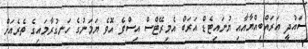
ސައުދީ އަރައްބިއްޔާއާއި ޔުނައިޓެޑް އަރަބް އެމިރޭޓްސް އިސްވެ އޮވެ ޔަމަނުގެ ހަނގުރާމައިގެ ތެރެެއަށް